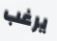
يرغب